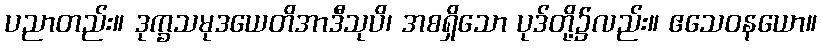
ပညာတည်း။ ဒုက္ခသမုဒယေတိအာဒီသုပိ၊ အစရှိသော ပုဒ်တို့၌လည်း။ ဧသေဝနယော။